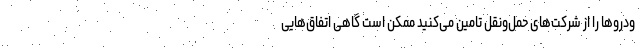
ودروها را از شرکت‌های حمل­و­نقل تامین می‌کنید ممکن است گاهی اتفاق‌هایی